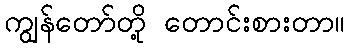
ကျွန်တော်တို့ တောင်းစားတာ။